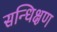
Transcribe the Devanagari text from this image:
सन्धिक्षण